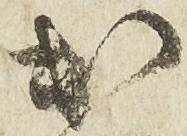
出